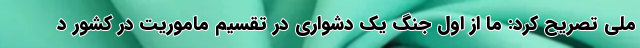
ملی تصریح کرد: ما از اول جنگ یک دشواری در تقسیم ماموریت در کشور د